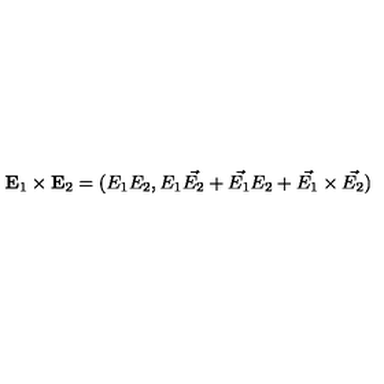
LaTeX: { \bf E } _ { 1 } \times { \bf E } _ { 2 } = ( E _ { 1 } E _ { 2 } , E _ { 1 } \vec { E _ { 2 } } + \vec { E _ { 1 } } E _ { 2 } + \vec { E _ { 1 } } \times \vec { E _ { 2 } } )